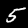
Digit: 5